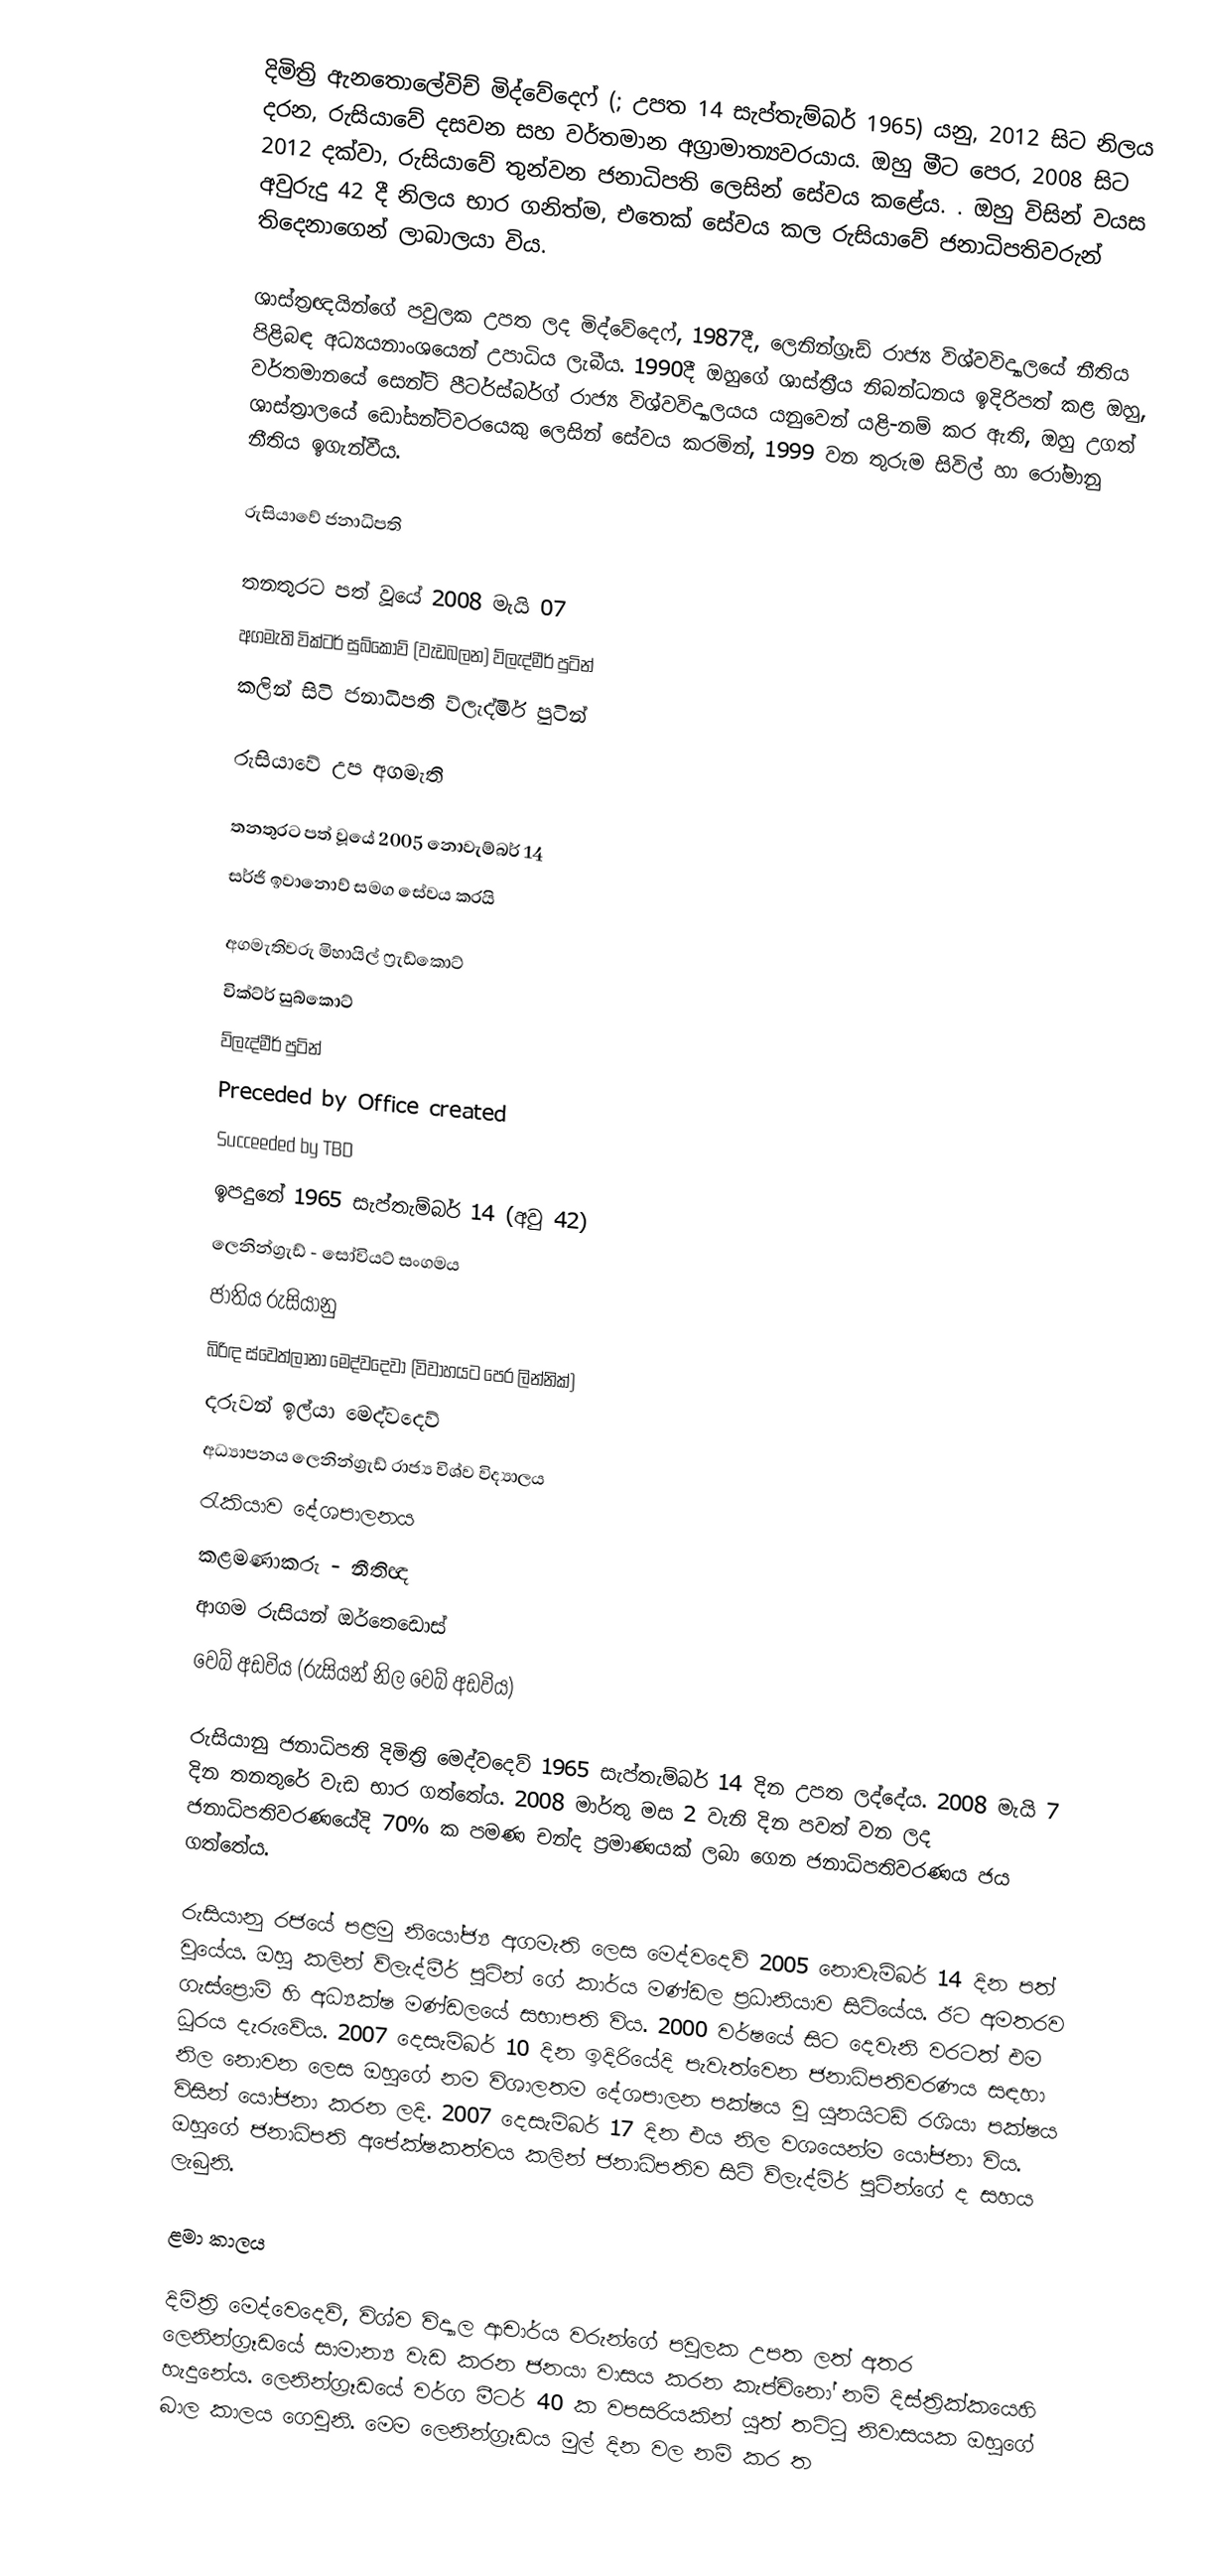
දිමිත්‍රි ඇනතොලේවිච් මිද්වේදෙෆ් (; උපත 14 සැප්තැම්බර් 1965) යනු,  2012 සිට නිලය දරන,    රුසියාවේ දසවන සහ වර්තමාන අග්‍රාමාත්‍යවරයාය. ඔහු මීට පෙර, 2008 සිට 2012 දක්වා,  රුසියාවේ තුන්වන ජනාධිපති ලෙසින් සේවය කළේය. . ඔහු විසින් වයස අවුරුදු 42 දී නිලය භාර ගනිත්ම, එතෙක් සේවය කල  රුසියාවේ ජනාධිපතිවරුන් තිදෙනාගෙන් ලාබාලයා විය.

ශාස්ත්‍රඥයින්ගේ පවුලක උපත ලද මිද්වේදෙෆ්, 1987දී,  ලෙනින්ග්‍රෑඩ් රාජ්‍ය විශ්වවිද්‍යාලයේ නීතිය පිළිබඳ අධ්‍යයනාංශයෙන් උපාධිය ලැබීය. 1990දී ඔහුගේ ශාස්ත්‍රීය නිබන්ධනය  ඉදිරිපත් කළ ඔහු,  වර්තමානයේ සෙන්ට් පීටර්ස්බර්ග් රාජ්‍ය විශ්වවිද්‍යාලයය යනුවෙන් යළි-නම් කර ඇති, ඔහු උගත් ශාස්ත්‍රාලයේ ඩෝසන්ට්වරයෙකු ලෙසින් සේවය කරමින්, 1999 වන තුරුම සිවිල් හා රෝමානු නීතිය ඉගැන්වීය.

රුසියාවේ ජනාධිපති

තනතුරට පත් වූයේ 	2008 මැයි 07
අගමැති 		 වික්ටර් සුබ්කොව් (වැඩබලන) ව්ලැද්මීර් පුටින්
කලින් සිටි ජනාධිපති 	ව්ලැද්මිර් පුටින්

රුසියාවේ උප අගමැති

තනතුරට පත් වූයේ 	 2005 නොවැම්බර් 14
			සර්ජි ඉවානොව් සමග සේවය කරයි

අගමැතිවරු 		මිහායිල් ෆ්‍රැඩ්කොට්
			වික්ට්ර් සුබ්කොට්
			ව්ලැද්මීර් පුටින්
Preceded by 		Office created
Succeeded by 		TBD
ඉපදුනේ 		 1965 සැප්තැම්බර් 14 (අවු 42)
			ලෙනින්ග්‍රැඩ් - සෝවියට් සංගමය
ජාතිය 			රුසියානු
බිරිඳ 			ස්වෙත්ලානා මෙද්වදෙවා (විවාහයට පෙර ලින්නික්)
දරුවන්			ඉල්යා මෙද්වදෙව්
අධ්‍යාපනය		 ලෙනින්ග්‍රැඩ් රාජ්‍ය විශ්ව විද්‍යාලය
රැකියාව 		 දේශපාලනය
			කළමණාකරු - නීතිඥ
ආගම			රුසියන් ඔර්තෙඩොස්
වෙබ් අඩවිය		(රුසියන් නිල වෙබ් අඩවිය)

රුසියානු ජනාධිපති දිමිත්‍රි මෙද්වදෙව් 1965 සැප්තැම්බර් 14 දින උපත ලද්දේය. 2008 මැයි 7 දින තනතුරේ වැඩ භාර ගත්තේය. 2008 මාර්තු මස 2 වැනි දින පවත් වන ලද ජනාධිපතිවරණයේදි 70% ක පමණ චන්ද ප්‍රමාණයක් ලබා ගෙන ජනාධිපතිවරණය ජය ගත්තේය.

රුසියානු රජයේ පළමු නියෝජ්‍ය අගමැති ලෙස මෙද්වදෙව් 2005 නොවැම්බර් 14 දින පත් වූයේය. ඔහු කලින් ව්ලැද්මීර් පුටින් ගේ කාර්ය මණ්ඩල ප්‍රධානියාව සිටියේය. ඊට අමතරව ගැස්ප්‍රොම් හි අධ්‍යක්ෂ මණ්ඩලයේ සභාපති විය. 2000 වර්ෂයේ සිට දෙවැනි වරටත් එම ධූරය දැරුවේය. 2007 දෙසැම්බර් 10 දින ඉදිරියේදි පැවැත්වෙන ජනාධිපතිවරණය සඳහා නිල නොවන ලෙස ඔහුගේ නම විශාලතම දේශපාලන පක්ෂය වූ යුනයිටඩ් රශියා පක්ෂය විසින් යෝජනා කරන ලදි. 2007 දෙසැම්බර් 17 දින එය නිල වශයෙන්ම යෝජනා විය. ඔහුගේ ජනාධිපති අපේක්ෂකත්වය කලින් ජනාධිපතිව සිටි ව්ලැද්මිර් පුටින්ගේ ද සහය ලැබුනි.

ළමා කාලය

දිමිත්‍රි මෙද්වෙදෙව්, විශ්ව විද්‍යාල ආචාර්ය වරුන්ගේ පවුලක උපත ලත් අතර ලෙනින්ග්‍රෑඩයේ සාමාන්‍ය වැඩ කරන ජනයා වාසය කරන කැප්චිනෝ නම් දිස්ත්‍රික්කයෙහි හැදුනේය. ලෙනින්ග්‍රෑඩයේ වර්ග මීටර් 40 ක වපසරියකින් යුත් තට්ටු නිවාසයක ඔහුගේ බාල කාලය ගෙවුනි. මෙම ලෙනින්ග්‍රෑඩය මුල් දින වල නම් කර ත